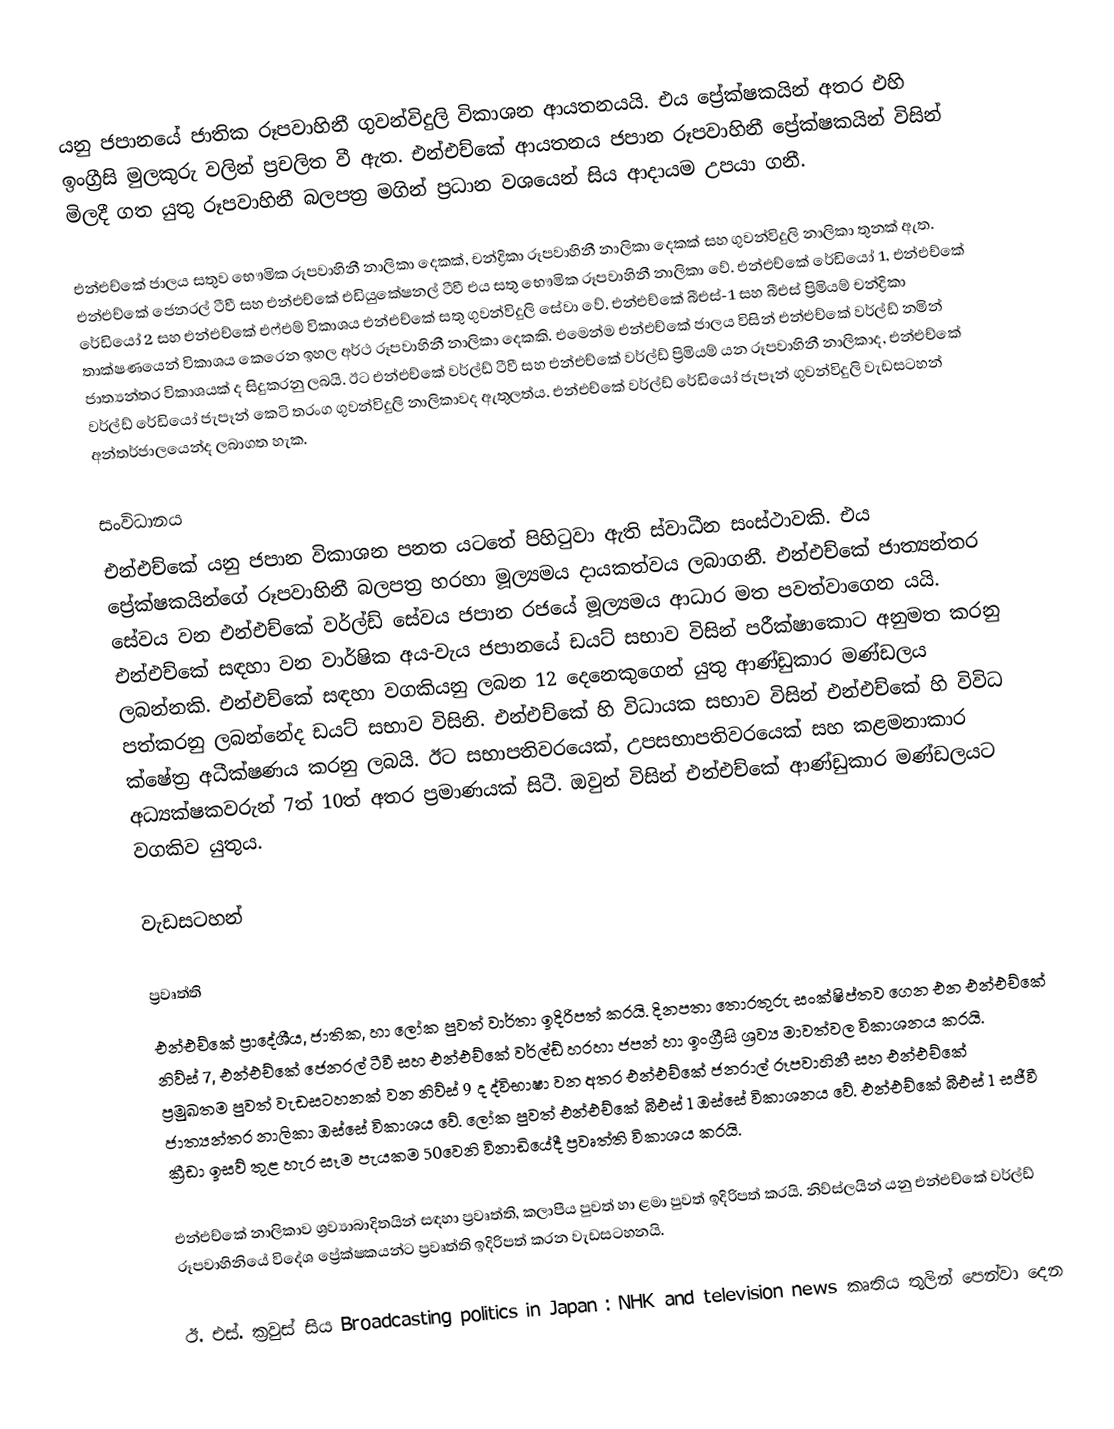
යනු ජපානයේ ජාතික රූපවාහිනී ගුවන්විදුලි විකාශන ආයතනයයි.  එය ප්‍රේක්ෂකයින් අතර එහි ඉංග්‍රීසි මුලකුරු වලින් ප්‍රචලිත වී ඇත. එන්එච්කේ ආයතනය ජපාන රූපවාහිනී ප්‍රේක්ෂකයින් විසින් මිලදී ගත යුතු රූපවාහිනී බලපත්‍ර මගින් ප්‍රධාන වශයෙන් සිය ආදායම උපයා ගනී.

එන්එච්කේ ජාලය සතුව භෞමික රූපවාහිනී නාලිකා දෙකක්, චන්ද්‍රිකා රූපවාහිනී නාලිකා දෙකක් සහ ගුවන්විදුලි නාලිකා තුනක් ඇත. එන්එච්කේ ජෙනරල් ටීවී සහ එන්එච්කේ එඩියුකේෂනල් ටීවී එය සතු භෞමික රූපවාහිනී නාලිකා වේ. එන්එච්කේ රේඩියෝ 1, එන්එච්කේ රේඩියෝ 2 සහ එන්එච්කේ එෆ්එම් විකාශය එන්එච්කේ සතු ගුවන්විදුලි සේවා වේ. එන්එච්කේ බීඑස්-1 සහ බීඑස්  ප්‍රිමියම් චන්ද්‍රිකා තාක්ෂණයෙන් විකාශය කෙරෙන ඉහල අර්ථ රූපවාහිනී නාලිකා දෙකකි. එමෙන්ම එන්එච්කේ ජාලය විසින් එන්එච්කේ වර්ල්ඩ් නමින් ජාත්‍යන්තර විකාශයක් ද  සිදුකරනු ලබයි. ඊට එන්එච්කේ වර්ල්ඩ් ටීවී සහ එන්එච්කේ වර්ල්ඩ් ප්‍රිමියම් යන රූපවාහිනී නාලිකාද, එන්එච්කේ වර්ල්ඩ් රේඩියෝ ජැපෑන් කෙටි තරංග ගුවන්විදුලි නාලිකාවද ඇතුලත්ය. එන්එච්කේ වර්ල්ඩ් රේඩියෝ ජැපෑන් ගුවන්විදුලි වැඩසටහන් අන්තර්ජාලයෙන්ද ලබාගත හැක.

සංවිධානය
එන්එච්කේ යනු ජපාන විකාශන පනත යටතේ පිහිටුවා ඇති ස්වාධීන සංස්ථාවකි. එය ප්‍රේක්ෂකයින්ගේ රූපවාහිනී බලපත්‍ර හරහා මූල්‍යමය දායකත්වය ලබාගනී. එන්එච්කේ ජාත්‍යන්තර සේවය වන එන්එච්කේ වර්ල්ඩ් සේවය ජපාන රජයේ මූල්‍යමය ආධාර මත පවත්වාගෙන යයි. එන්එච්කේ සඳහා වන වාර්ෂික අය-වැය ජපානයේ ඩයට් සභාව විසින් පරීක්ෂාකොට අනුමත කරනු ලබන්නකි. එන්එච්කේ සඳහා වගකියනු ලබන 12 දෙනෙකුගෙන් යුතු ආණ්ඩුකාර මණ්ඩලය පත්කරනු ලබන්නේද ඩයට් සභාව විසිනි. එන්එච්කේ හි විධායක සභාව විසින් එන්එච්කේ හි විවිධ ක්ෂේත්‍ර අධීක්ෂණය කරනු ලබයි. ඊට සභාපතිවරයෙක්, උපසභාපතිවරයෙක් සහ කළමනාකාර අධ්‍යක්ෂකවරුන් 7ත් 10ත් අතර ප්‍රමාණයක් සිටී. ඔවුන් විසින් එන්එච්කේ ආණ්ඩුකාර මණ්ඩලයට වගකිව යුතුය.

වැඩසටහන්

ප්‍රවෘත්ති
එන්එච්කේ ප්‍රාදේශීය, ජාතික, හා ලෝක පුවත් වාර්තා ඉදිරිපත් කරයි. දිනපතා තොරතුරු සංක්ෂිප්තව ගෙන එන එන්එච්කේ නිව්ස් 7, එන්එච්කේ ජෙනරල් ටීවී සහ එන්එච්කේ වර්ල්ඩ් හරහා ජපන් හා ඉංග්‍රීසි ශ්‍රව්‍ය මාවත්වල විකාශනය කරයි. ප්‍රමුඛතම පුවත් වැඩසටහනක් වන නිව්ස් 9 ද ද්විභාෂා වන අතර එන්එච්කේ ජනරාල් රූපවාහිනී සහ එන්එච්කේ ජාත්‍යන්තර නාලිකා ඔස්සේ විකාශය වේ. ලෝක පුවත් එන්එච්කේ බීඑස් 1 ඔස්සේ විකාශනය වේ. එන්එච්කේ බීඑස් 1 සජීවී ක්‍රීඩා ඉසව් තුළ හැර සෑම පැයකම 50වෙනි විනාඩියේදී ප්‍රවෘත්ති විකාශය කරයි.

එන්එච්කේ නාලිකාව ශ්‍රව්‍යාබාදිතයින් සඳහා ප්‍රවෘත්ති, කලාපීය පුවත් හා ළමා පුවත් ඉදිරිපත් කරයි. නිව්ස්ලයින් යනු එන්එච්කේ වර්ල්ඩ් රූපවාහිනියේ විදේශ ප්‍රේක්ෂකයන්ට ප්‍රවෘත්ති ඉදිරිපත් කරන වැඩසටහනයි.

ඊ. එස්. ක්‍රවුස් සිය Broadcasting politics in Japan : NHK and television news කෘතිය තුලින් පෙන්වා දෙන